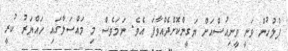
ފުލުހުން ވަނީ ވީނިއުސްއަށް ޔަގީންކޮށްދެއްވާފަ އެވެ. ނަމަވެސް މި މައްސަލާގައި ހައްޔަރު ކުރީ